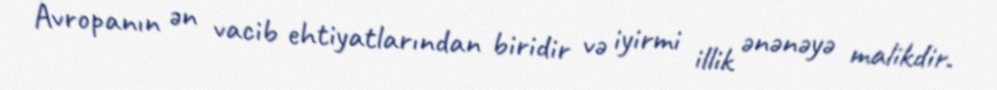
Avropanın ən vacib ehtiyatlarından biridir və iyirmi illik ənənəyə malikdir.